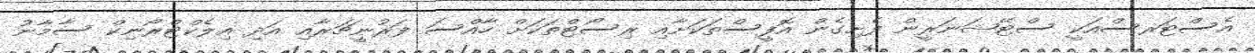
އެސްޓަރސްއަކީ ސްޓޭޝަނަރީން ފެށިގެން އޮފީސްތަކަށާއި ރިސޯޓްތަކަށް ހާއްސަ ފަރުނީޗަރާއި އަދި އިލެކްޓްރޯނިކް ސާމާނު